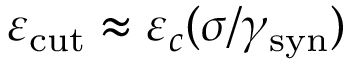
\varepsilon _ { \mathrm { c u t } } \approx \varepsilon _ { c } ( \sigma / \gamma _ { \mathrm { s y n } } )